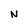
Character: N